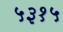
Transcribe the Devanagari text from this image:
५३१५